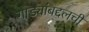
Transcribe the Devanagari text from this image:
गाड्यांबद्दलची